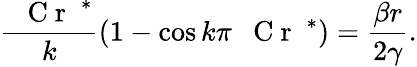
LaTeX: \frac{\mathrm{~\textit~{~C~r~}~}^{*}}{k}(1-\cos k\pi\mathrm{~\textit~{~C~r~}~}^{*})=\frac{\beta r}{2\gamma}.